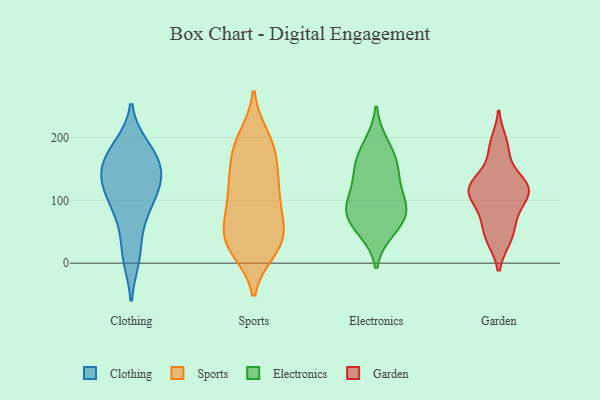
{"axis": {"x": "Demand Index", "y": "Value"}, "legend": ["Clothing", "Electronics", "Garden", "Sports"], "data": [{"x": "", "y": 184, "type": "Clothing"}, {"x": "", "y": 101, "type": "Clothing"}, {"x": "", "y": 128, "type": "Clothing"}, {"x": "", "y": 79, "type": "Clothing"}, {"x": "", "y": 16, "type": "Clothing"}, {"x": "", "y": 76, "type": "Clothing"}, {"x": "", "y": 10, "type": "Clothing"}, {"x": "", "y": 173, "type": "Clothing"}, {"x": "", "y": 149, "type": "Clothing"}, {"x": "", "y": 129, "type": "Clothing"}, {"x": "", "y": 170, "type": "Clothing"}, {"x": "", "y": 131, "type": "Clothing"}, {"x": "", "y": 171, "type": "Clothing"}, {"x": "", "y": 128, "type": "Clothing"}, {"x": "", "y": 97, "type": "Sports"}, {"x": "", "y": 22, "type": "Sports"}, {"x": "", "y": 63, "type": "Sports"}, {"x": "", "y": 146, "type": "Sports"}, {"x": "", "y": 29, "type": "Sports"}, {"x": "", "y": 32, "type": "Sports"}, {"x": "", "y": 117, "type": "Sports"}, {"x": "", "y": 117, "type": "Sports"}, {"x": "", "y": 154, "type": "Sports"}, {"x": "", "y": 42, "type": "Sports"}, {"x": "", "y": 67, "type": "Sports"}, {"x": "", "y": 125, "type": "Sports"}, {"x": "", "y": 31, "type": "Sports"}, {"x": "", "y": 81, "type": "Sports"}, {"x": "", "y": 184, "type": "Sports"}, {"x": "", "y": 34, "type": "Sports"}, {"x": "", "y": 190, "type": "Sports"}, {"x": "", "y": 200, "type": "Sports"}, {"x": "", "y": 187, "type": "Sports"}, {"x": "", "y": 166, "type": "Electronics"}, {"x": "", "y": 90, "type": "Electronics"}, {"x": "", "y": 107, "type": "Electronics"}, {"x": "", "y": 151, "type": "Electronics"}, {"x": "", "y": 188, "type": "Electronics"}, {"x": "", "y": 54, "type": "Electronics"}, {"x": "", "y": 79, "type": "Electronics"}, {"x": "", "y": 64, "type": "Electronics"}, {"x": "", "y": 139, "type": "Electronics"}, {"x": "", "y": 86, "type": "Electronics"}, {"x": "", "y": 39, "type": "Garden"}, {"x": "", "y": 133, "type": "Garden"}, {"x": "", "y": 76, "type": "Garden"}, {"x": "", "y": 39, "type": "Garden"}, {"x": "", "y": 192, "type": "Garden"}, {"x": "", "y": 112, "type": "Garden"}, {"x": "", "y": 178, "type": "Garden"}, {"x": "", "y": 101, "type": "Garden"}, {"x": "", "y": 121, "type": "Garden"}, {"x": "", "y": 118, "type": "Garden"}, {"x": "", "y": 125, "type": "Garden"}, {"x": "", "y": 115, "type": "Garden"}, {"x": "", "y": 64, "type": "Garden"}]}